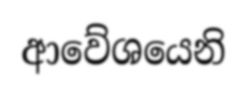
ආවේශයෙනි